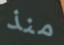
منذ